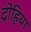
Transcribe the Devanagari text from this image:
द्रोहिया